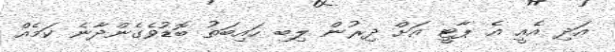
އަދި އެއީ އެ ޕާޓީ އަށް ދިރުން ލިބި ހައިބަތު ބޮޑުވެގެންދާނެ ކަމެއް